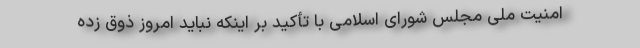
امنیت ملی مجلس شورای اسلامی با تأکید بر اینکه نباید امروز ذوق زده